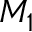
M _ { 1 }